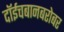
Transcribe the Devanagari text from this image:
दॉईचबानबरोबर